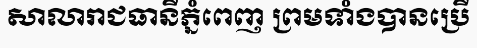
សាលារាជធានីភ្នំពេញ ព្រមទាំងបានប្រើ